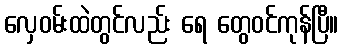
လှေဝမ်းထဲတွင်လည်း ရေ တွေဝင်ကုန်ပြီ။